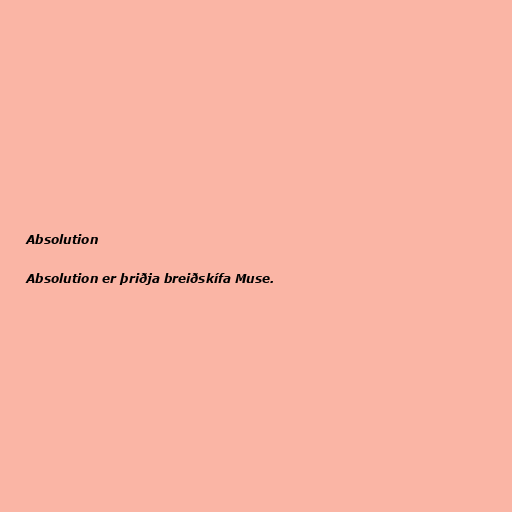
Absolution

Absolution er þriðja breiðskífa Muse.